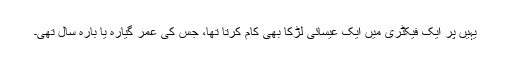
یہیں پر ایک فیکٹری میں ایک عیسائی لڑکا بھی کام کرتا تھا، جس کی عمر گیارہ یا بارہ سال تھی۔